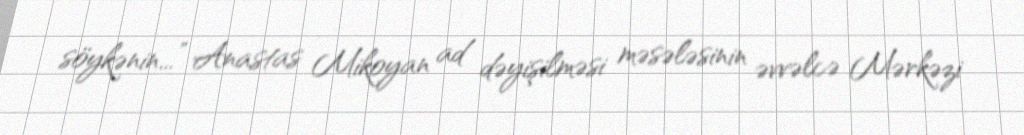
söykənin...” Anastas Mikoyan ad dəyişilməsi məsələsinin əvvəlcə Mərkəzi